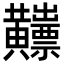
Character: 𪏫